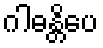
ဂါဓန္တိပေ